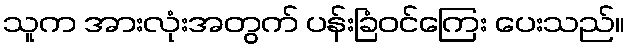
သူက အားလုံးအတွက် ပန်းခြံဝင်ကြေး ပေးသည်။